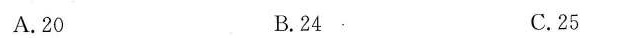
A.20 B.24 C.25